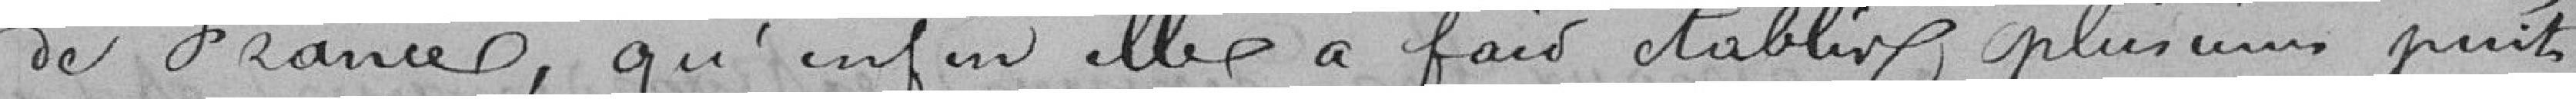
de France, qu'enfin elle a fait établir plusieurs puits